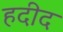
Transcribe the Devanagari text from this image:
हदीद